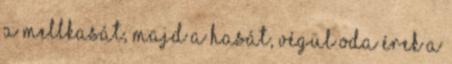
a mellkasát, majd a hasát, végül oda érek a